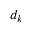
d _ { k }